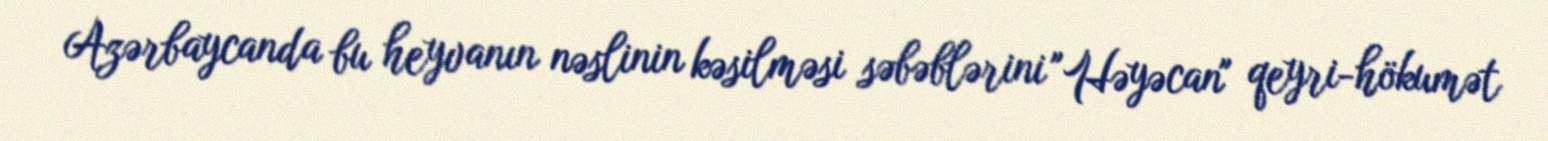
Azərbaycanda bu heyvanın nəslinin kəsilməsi səbəblərini "Həyəcan" qeyri-hökumət